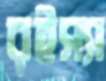
রইস্যা